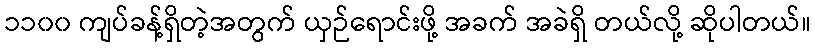
၁၁၀၀ ကျပ်ခန့်ရှိတဲ့အတွက် ယှဉ်ရောင်းဖို့ အခက် အခဲရှိ တယ်လို့ ဆိုပါတယ်။